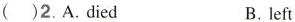
( )2.A.died B.left